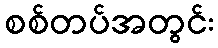
စစ်တပ်အတွင်း